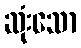
ဆုံးသော